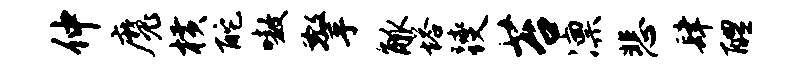
仲魔横酡嗷擎觚塔躞苔凛悲肆醴